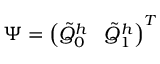
\Psi = \left( \tilde { Q } _ { 0 } ^ { h } \; \; \; \tilde { Q } _ { 1 } ^ { h } \right) ^ { T }